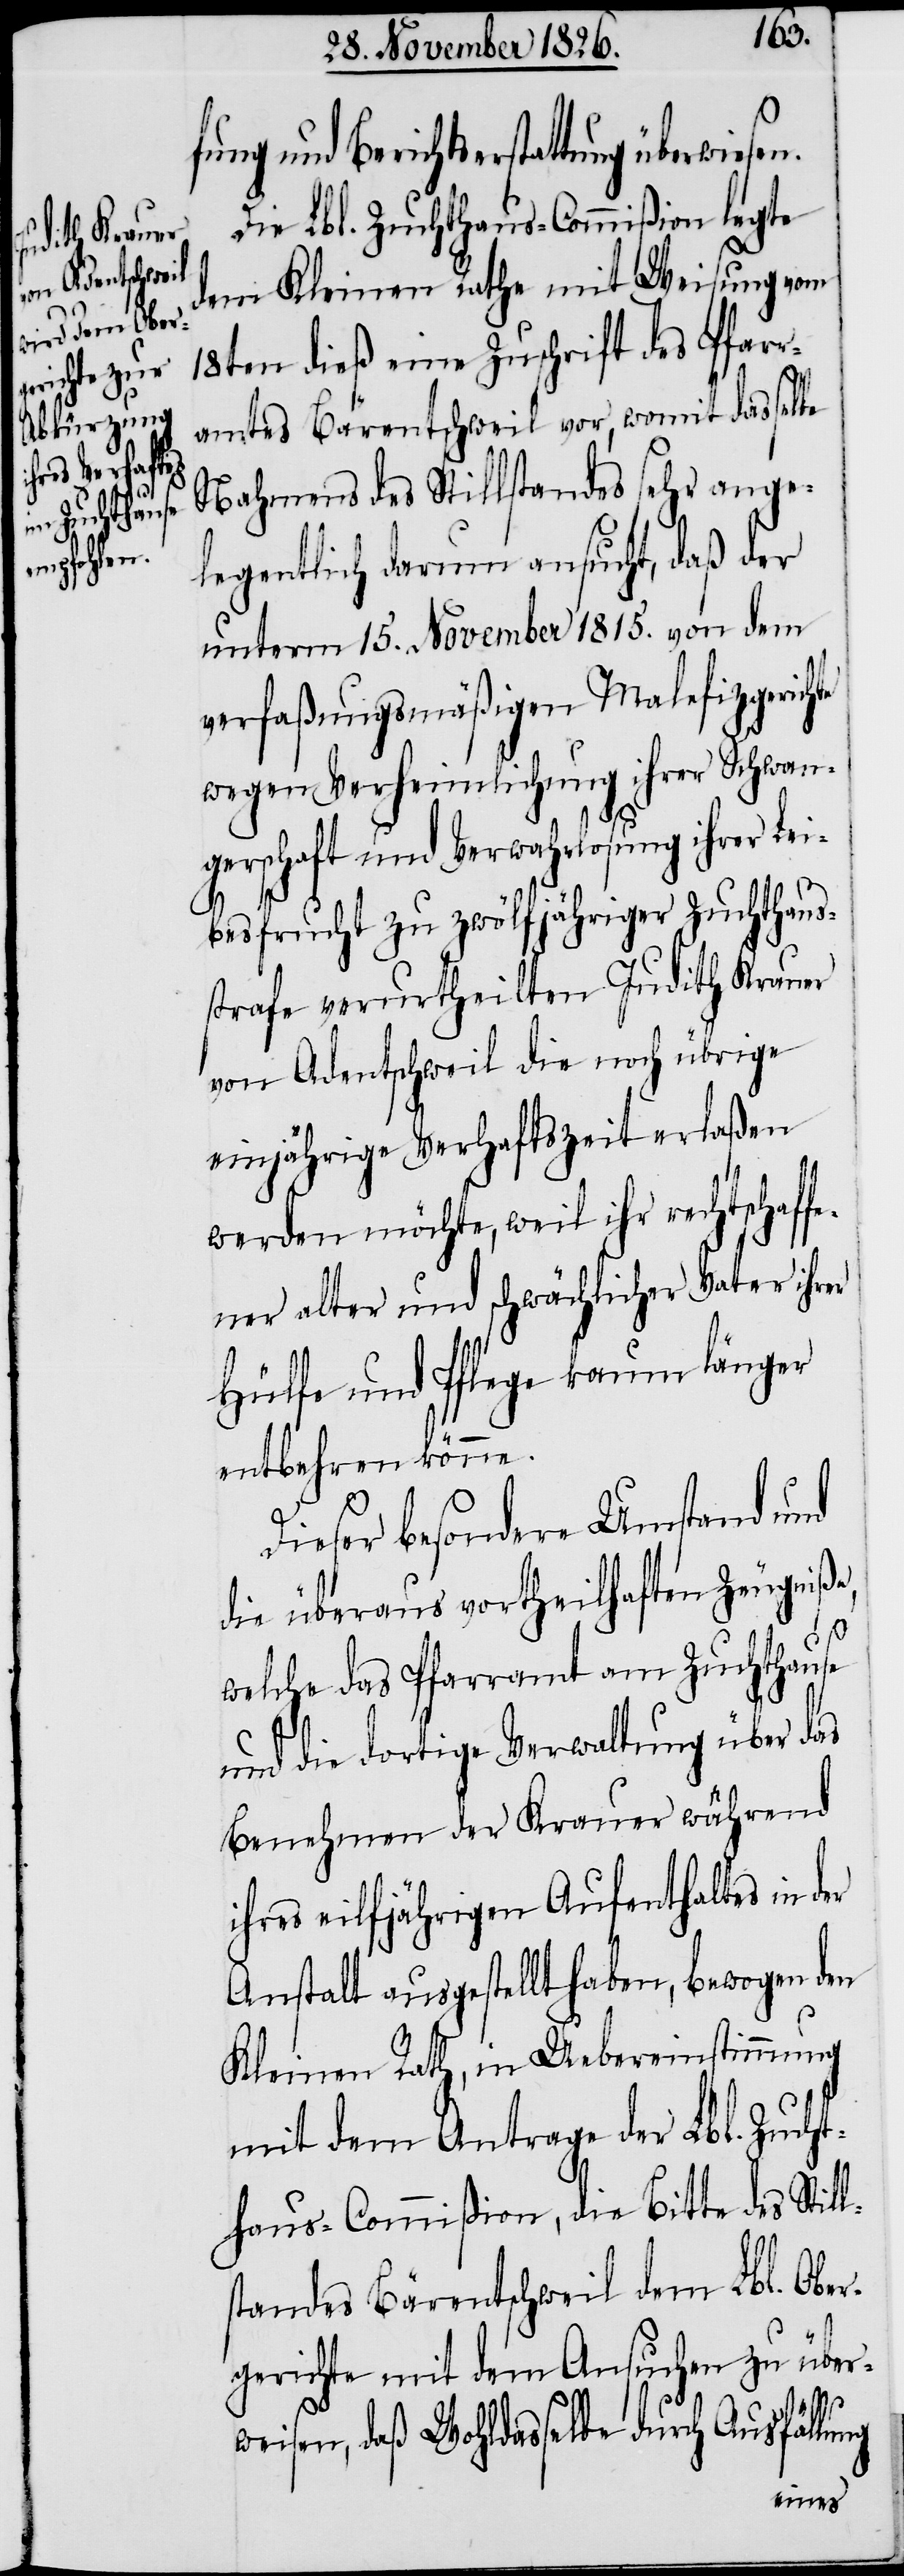
wiesen.

fung und Berichtserstattung über¬
Die Lbl. Zuchthaus-Commißion legte
dem Kleinen Rathe mit Weisung vom
18ten dieß eine Zuschrift des Pfarr¬
amtes Bärentschweil vor, womit dasselbe
Nahmens des Stillstandes sehr ange¬
legentlich darum ansucht, daß der
unterm 15. November 1815. von dem
verfaßungsmäßigen Malefizgerichte
wegen Verheimlichung ihrer Lei¬
besfrucht zu zwölfjähriger Zuchthaus¬
strafe verurtheilten Judith Krauer
von Adentschweil die noch übrige
einjährige Verhaftszeit erlaßen
werden möchte, weil ihr rechtschaff¬
ener alter und schwächlicher Vater ihrer
Hülfe und Pflege kaum länger
entbehren könne.
Dieser besondere Umstand und
die überaus vortheilhaften Zeugniße,
welche das Pfarramt am Zuchthause
und die dortige Verwaltung über das
Benehmen der Krauer während
ihres eilfjährigen Aufenthaltes in der
Anstalt ausgestellt haben, bewogen den
Kleinen Rath, in Uebereinstimmung
mit dem Antrage der Lbl. Zucht¬
haus-Commißion, die Bitte des Still¬
standes Bärentschweil dem Lbl. Ober¬
gerichte mit dem Ansuchen zu über¬
weisen, daß Wohldasselbe durch Ausfällung